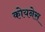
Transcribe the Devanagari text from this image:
कोयनेस